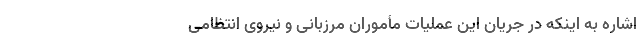
اشاره به اینکه در جریان این عملیات مأموران مرزبانی و نیروی انتظامی